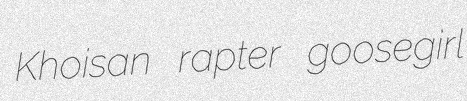
Khoisan rapter goosegirl